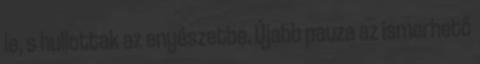
le, s hullottak az enyészetbe. Újabb pauza az ismerhető